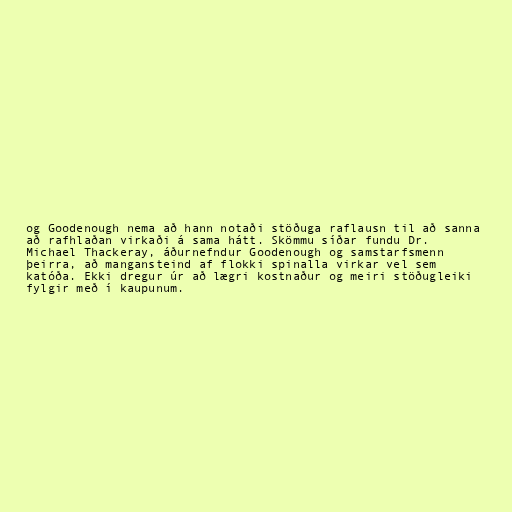
og Goodenough nema að hann notaði stöðuga raflausn til að sanna
að rafhlaðan virkaði á sama hátt. Skömmu síðar fundu Dr.
Michael Thackeray, áðurnefndur Goodenough og samstarfsmenn
þeirra, að mangansteind af flokki spinalla virkar vel sem
katóða. Ekki dregur úr að lægri kostnaður og meiri stöðugleiki
fylgir með í kaupunum.